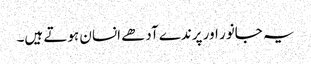
یہ جانور اور پرندے آدھے انسان ہوتے ہیں۔